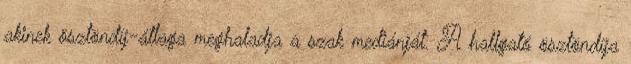
akinek ösztöndíj-átlaga meghaladja a szak mediánját. A hallgató ösztöndíja